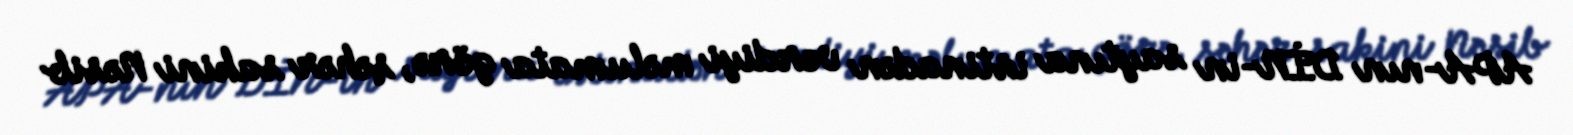
APA-nın DİN-in saytına istinadən verdiyi məlumata görə, şəhər sakini Nəsib